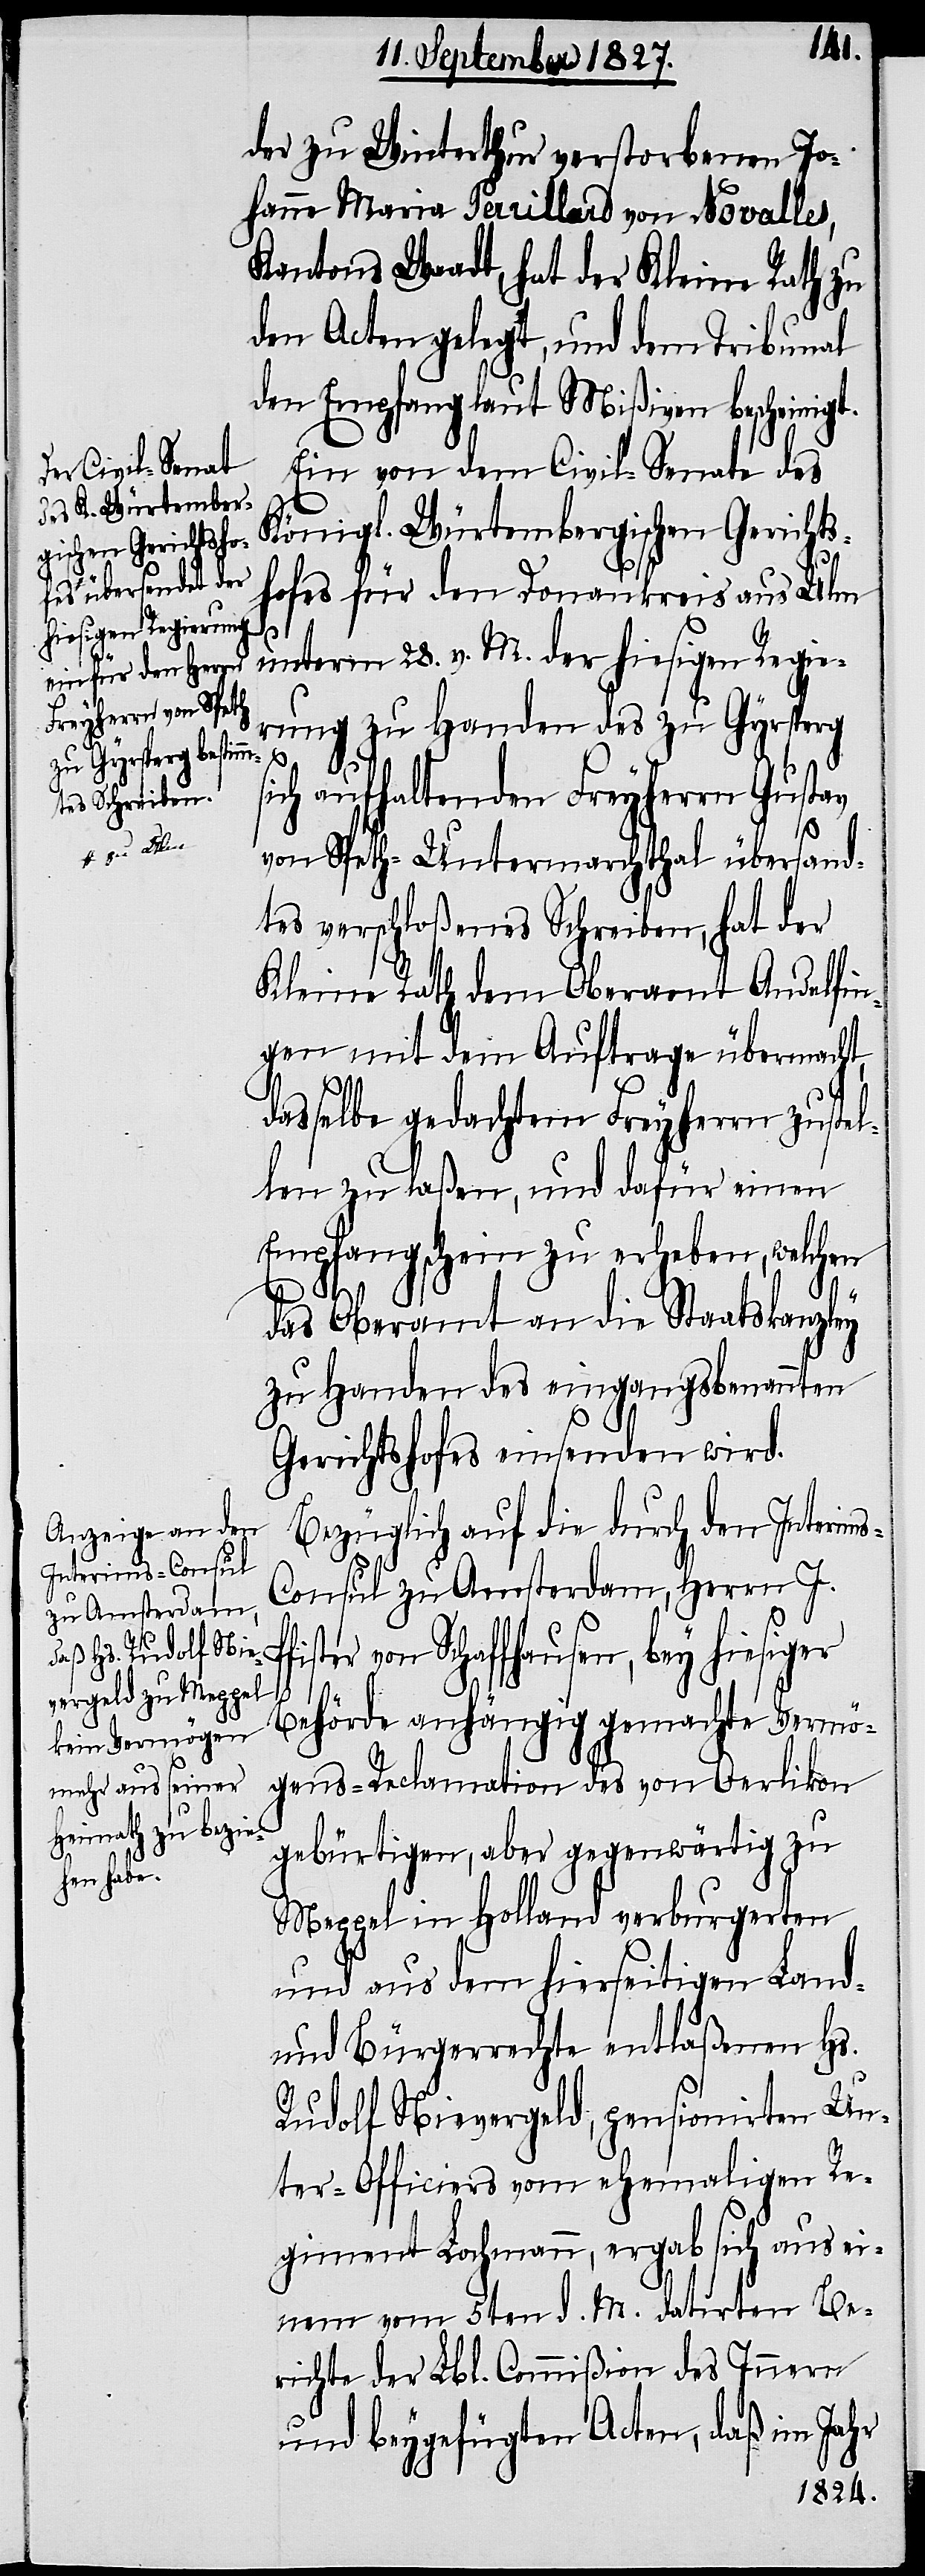
der zu Winterthur verstorbenen Jo¬
hanne Maria Perrillard von Novalles,
Kantons Waadt, hat der Kleine Rath zu
den Acten gelegt, und dem Tribunal
den Empfang laut Mißiven bescheinigt.
Ein von dem Civil-Senate des
Königl. Würtembergischen Gerichts¬
hofes für den Donaukreis aus Ulm
ms-C¬
unterm 28. v. M. der hiesigen Regie¬
rung zu Handen des zu Gyrsperg
sich aufhaltenden Freyherrn Gustav
von Speth-Untermarchthal übersand¬
tes verschloßenes Schreiben, hat der
Kleine Rath dem Oberamt Andelfin¬
gen mit dem Auftrage übermacht,
dasselbe gedachtem Freyherrn zustel¬
len zu laßen, und dafür einen
Empfangschein zu erheben, welchen
das Oberamt an die Staatskanzley
zu Handen des eingangsbenannten
Gerichtshofes einsenden wird.
Bezüglich auf die durch den Interi¬
onsul zu Amsterdam, Herrn J.
von Schaffhausen, bey hiesiger
Behörde anhängig gemachte Vermö¬
gens-Reclamation des von Oerlikon
gebürtigen, aber gegenwärtig zu
Meppel in Holland verburgerten
und aus dem hierseitigen Land-
und Bürgerreche entlaßenen Hs.
Rudolf Nievergeld, pensionirten Un¬
ter-Officiers vom ehemaligen Re¬
giment Lochmann, ergab sich aus ei¬
nem vom 5ten d. M. datirten Be¬
richte der Lbl. Commißion des Innern
und beygefügten Acten, daß im Jahr